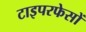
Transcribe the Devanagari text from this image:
टाइपरफेसों